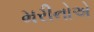
મરીનોએ